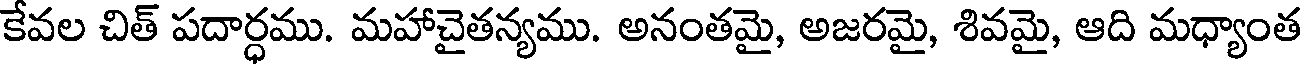
కేవల చిత్ పదార్ధము. మహాచైతన్యము. అనంతమై, అజరమై, శివమై, ఆది మధ్యాంత